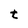
Character: t